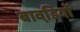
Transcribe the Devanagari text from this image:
बावडि़यों